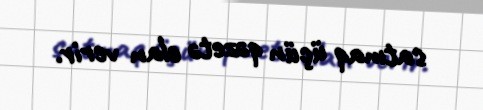
satmaq üçün qəzetə elan verir.